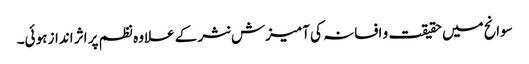
سوانح میں حقیقت و افسانہ کی آمیزش نثر کے علاوہ نظم پر اثر انداز ہوئی۔